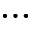
\dots